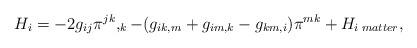
LaTeX: \begin{align*}H_{i} = -2g_{ij} \pi^{jk},_{k} - (g_{ik,m} + g_{im,k} - g_{km,i})\pi^{mk} + H_{i\;matter},\end{align*}